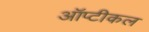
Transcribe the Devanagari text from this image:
ऑप्टीकल